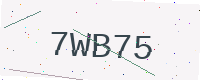
Text: 7WB75